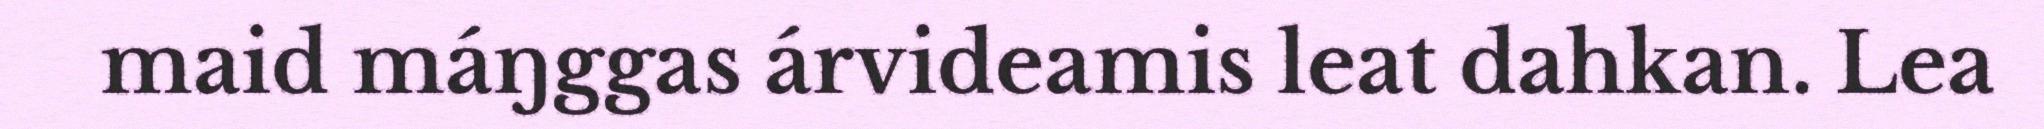
maid máŋggas árvideamis leat dahkan. Lea